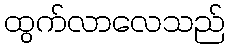
ထွက်လာလေသည်